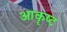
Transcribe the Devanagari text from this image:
आकॄष्‍ट